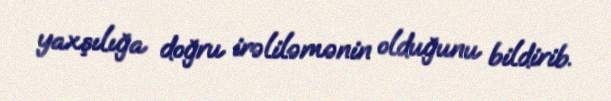
yaxşılığa doğru irəliləmənin olduğunu bildirib.